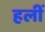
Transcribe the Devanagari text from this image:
हलीं